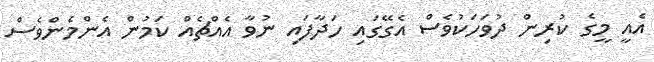
އެއީ މީގެ ކުރިން ދުވަހަކުވެސް އެގޭގައި ހަދާފައި ނުވާ އެއްޗެއް ކަމުން އެންމެންވެސް